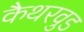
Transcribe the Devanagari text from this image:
कैथरवुड